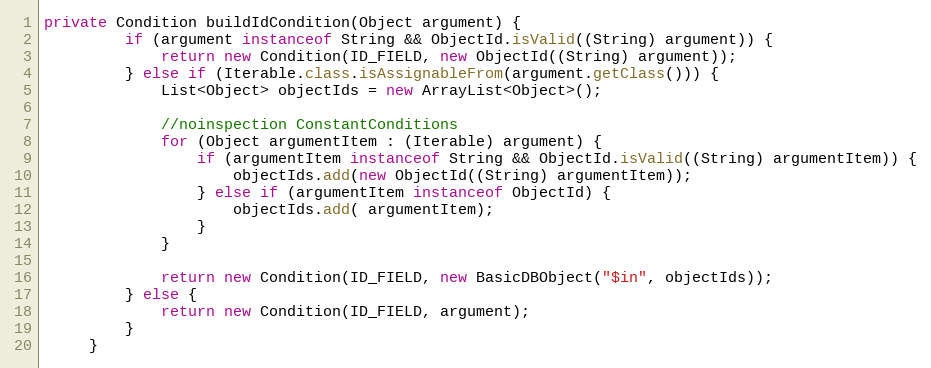
Language: Java
private Condition buildIdCondition(Object argument) {
         if (argument instanceof String && ObjectId.isValid((String) argument)) {
             return new Condition(ID_FIELD, new ObjectId((String) argument));
         } else if (Iterable.class.isAssignableFrom(argument.getClass())) {
             List<Object> objectIds = new ArrayList<Object>();

             //noinspection ConstantConditions
             for (Object argumentItem : (Iterable) argument) {
                 if (argumentItem instanceof String && ObjectId.isValid((String) argumentItem)) {
                     objectIds.add(new ObjectId((String) argumentItem));
                 } else if (argumentItem instanceof ObjectId) {
                     objectIds.add( argumentItem);
                 }
             }

             return new Condition(ID_FIELD, new BasicDBObject("$in", objectIds));
         } else {
             return new Condition(ID_FIELD, argument);
         }
     }